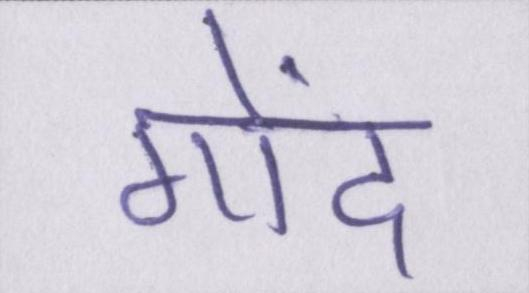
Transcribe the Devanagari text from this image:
गोंद